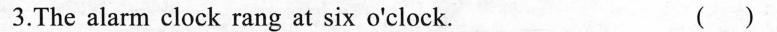
3.The alarm clock rang at six o'clock. ()